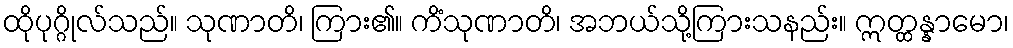
ထိုပုဂ္ဂိုလ်သည်။ သုဏာတိ၊ ကြား၏။ ကိံသုဏာတိ၊ အဘယ်သို့ကြားသနည်း။ ဣတ္ထန္နာမော၊